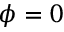
\phi = 0